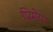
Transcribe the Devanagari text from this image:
प्रिमेयर